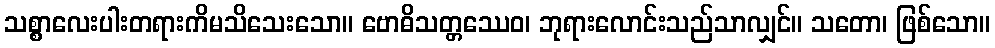
သစ္စာလေးပါးတရားကိမသိသေးသော။ ဗောဓိသတ္တဿေဝ၊ ဘုရားလောင်းသည်သာလျှင်။ သတော၊ ဖြစ်သော။